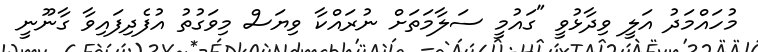
މުހައްމަދު އަލީ ވިދާޅުވީ "ގައުމީ ސަލާމަތަށް ނުރައްކާ ވިޔަސް މިވަގުތު އުފެދިފައިވާ ގާނޫނީ